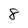
Character: 8